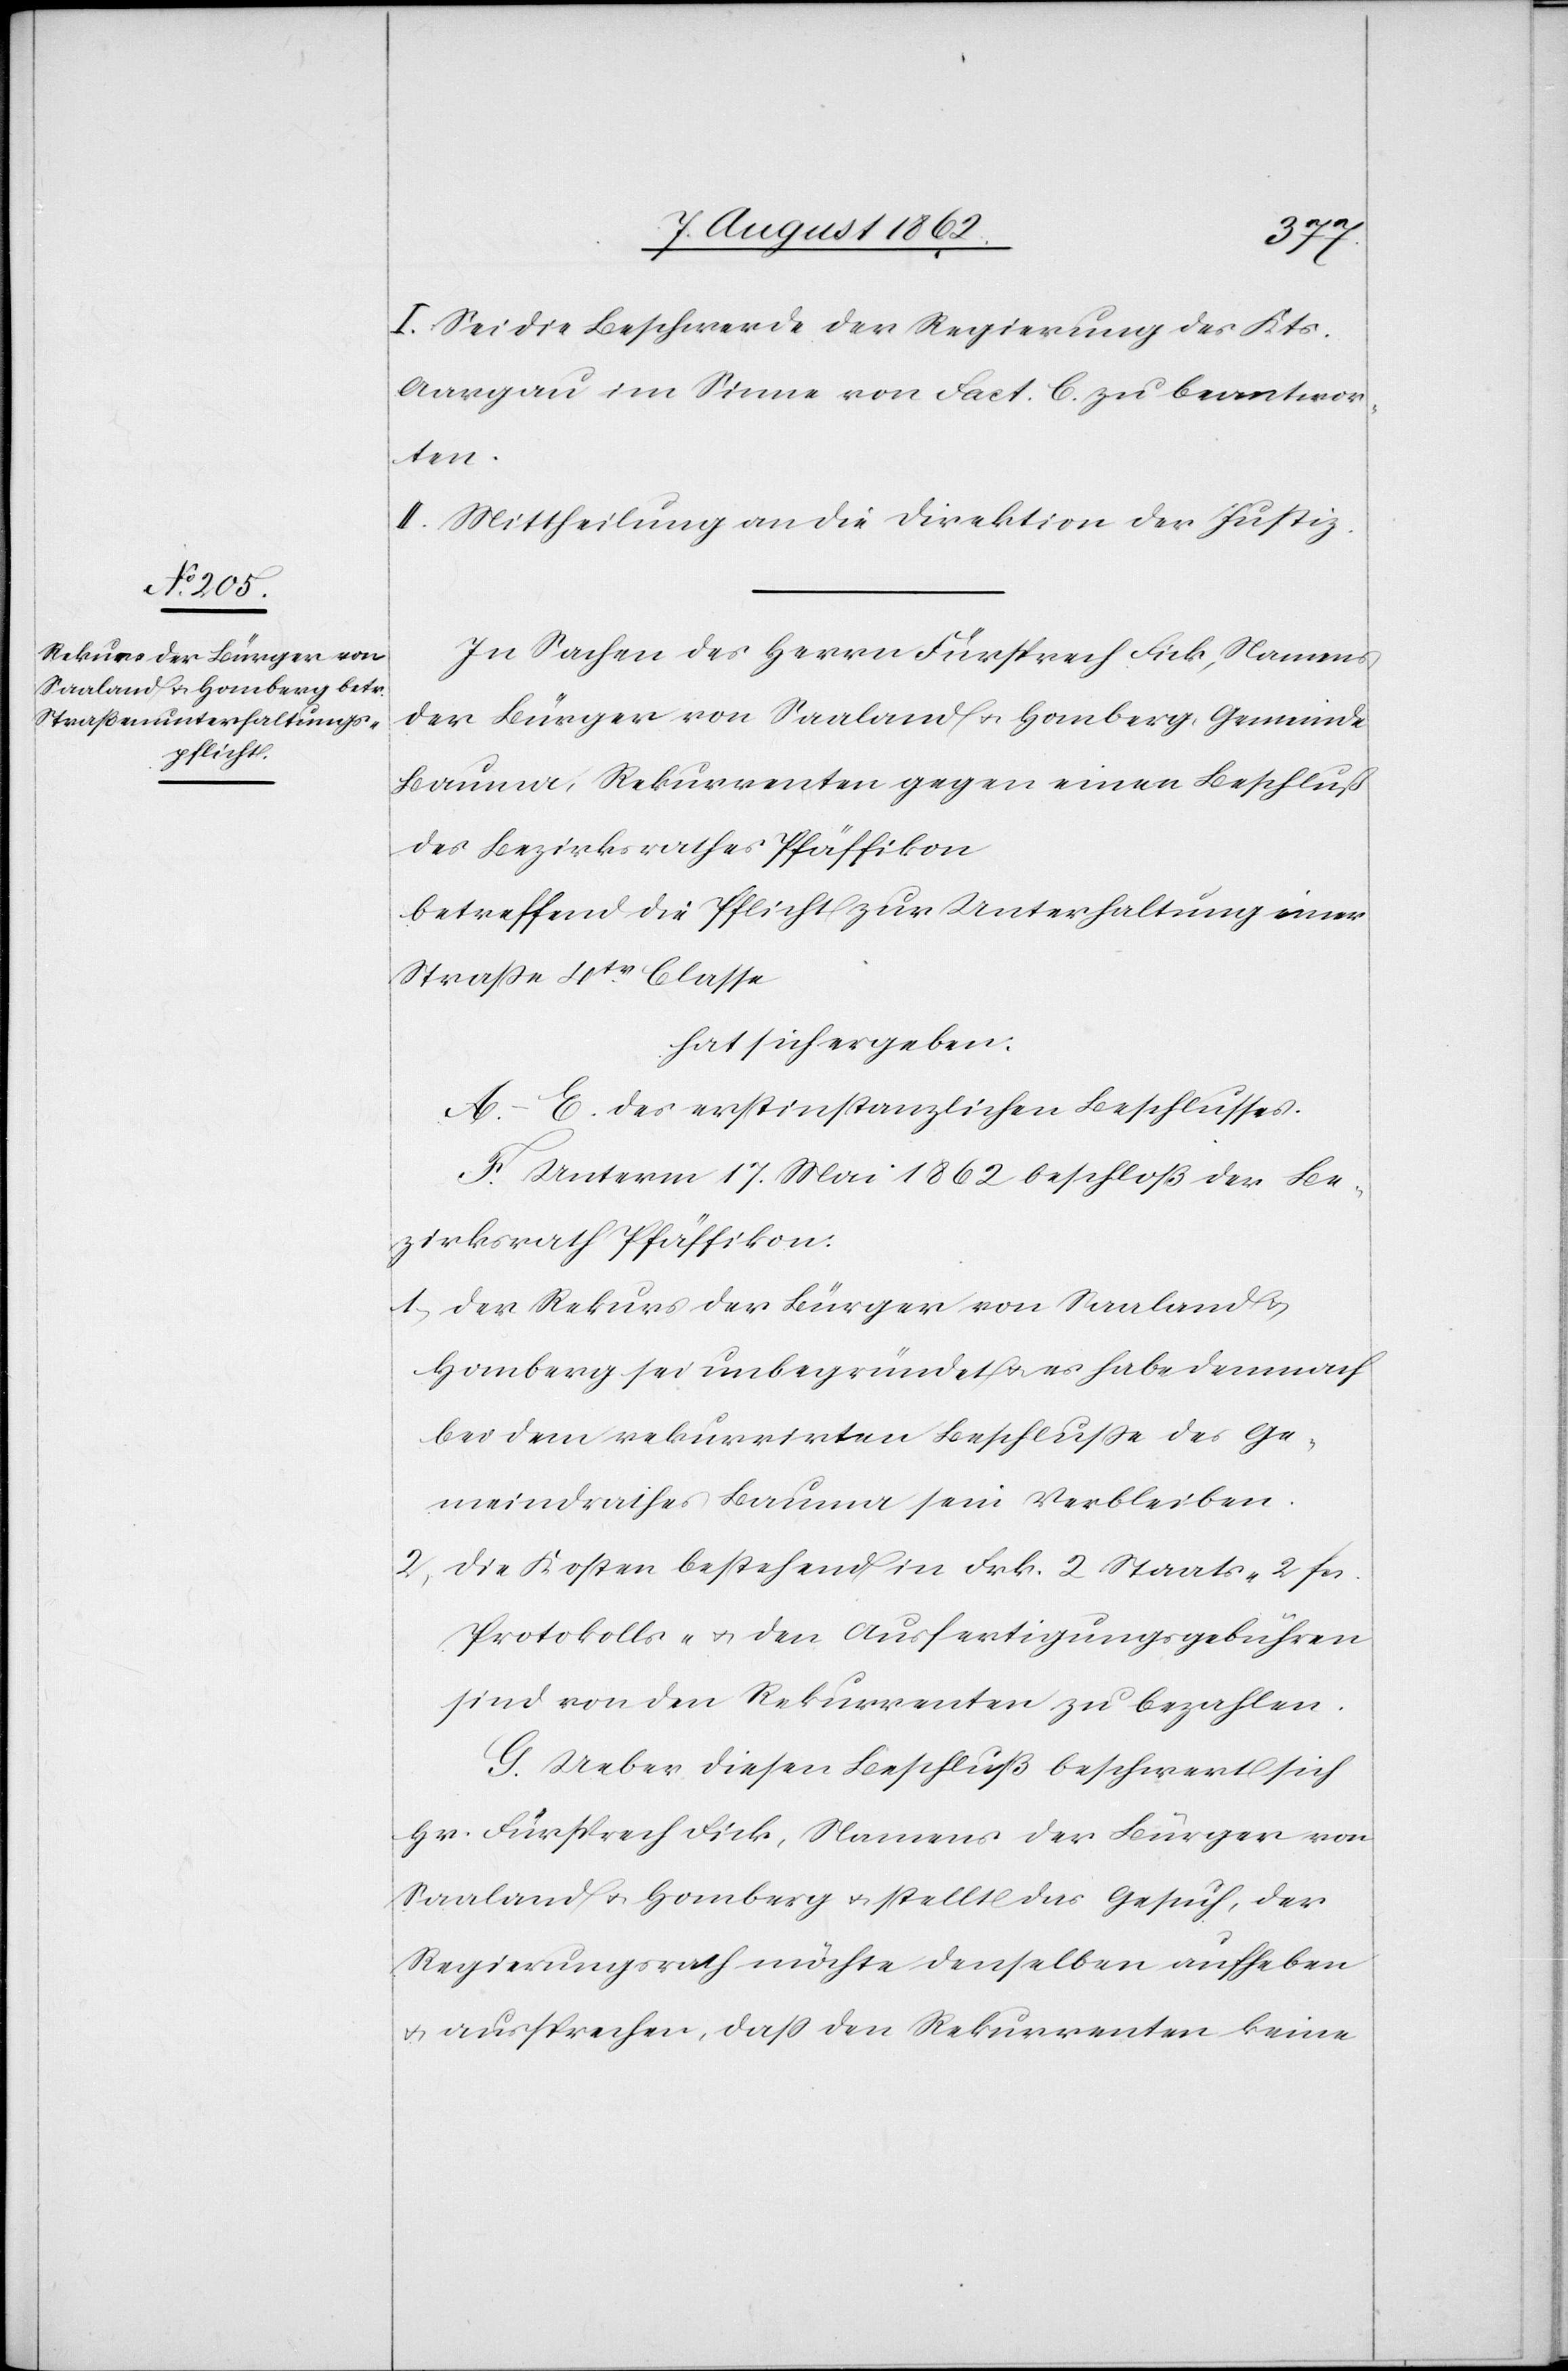
I. Sei die Beschwerde der Regierung des Kts.
Aargau im Sinne von Fact. C. zu beantwor¬
ten.
II. Mittheilung an die Direktion der Justiz.
In Sachen des Herrn Fürsprech Fick, Namens
der Bürger von Saaland u. Homberg, Gemeinde
Bauma, Rekurrenten gegen einen Beschluß
des Bezirksrathes Pfäffikon
betreffend die Pflicht zur Unterhaltung einer
Straße 4ter Classe
hat sich ergeben:
A.–E. des erstinstanzlichen Beschlusses.
F. Unterm 17. Mai 1862 beschloß der Be¬
zirksrath Pfäffikon:
1) der Rekurs der Bürger von Saaland u.
Homberg sei unbegründet u. es habe demnach
bei dem rekurrirten Beschluße des Ge¬
meindrathes Bauma sein Verbleiben.
2) Die Kosten bestehend in Frk. 2 Staats- 2 fcs.
Protokolls- u. den Ausfertigungsgebühren
sind von den Rekurrenten zu bezahlen.
G. Ueber diesen Beschluß beschwert sich
Hr. Fürsprech Fick, Namens der Bürger von
Saaaland u. Homberg u. stellt das Gesuch, der
Regierungsrath möchte denselben aufheben
u. aussprechen, daß den Rekurrenten keine